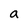
Character: a